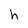
Character: h